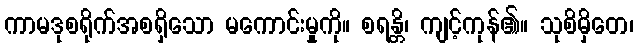
ကာမဒုစရိုက်အစရှိသော မကောင်းမှုကို။ စရန္တိ၊ ကျင့်ကုန်၏။ သုစိမှိတေ၊